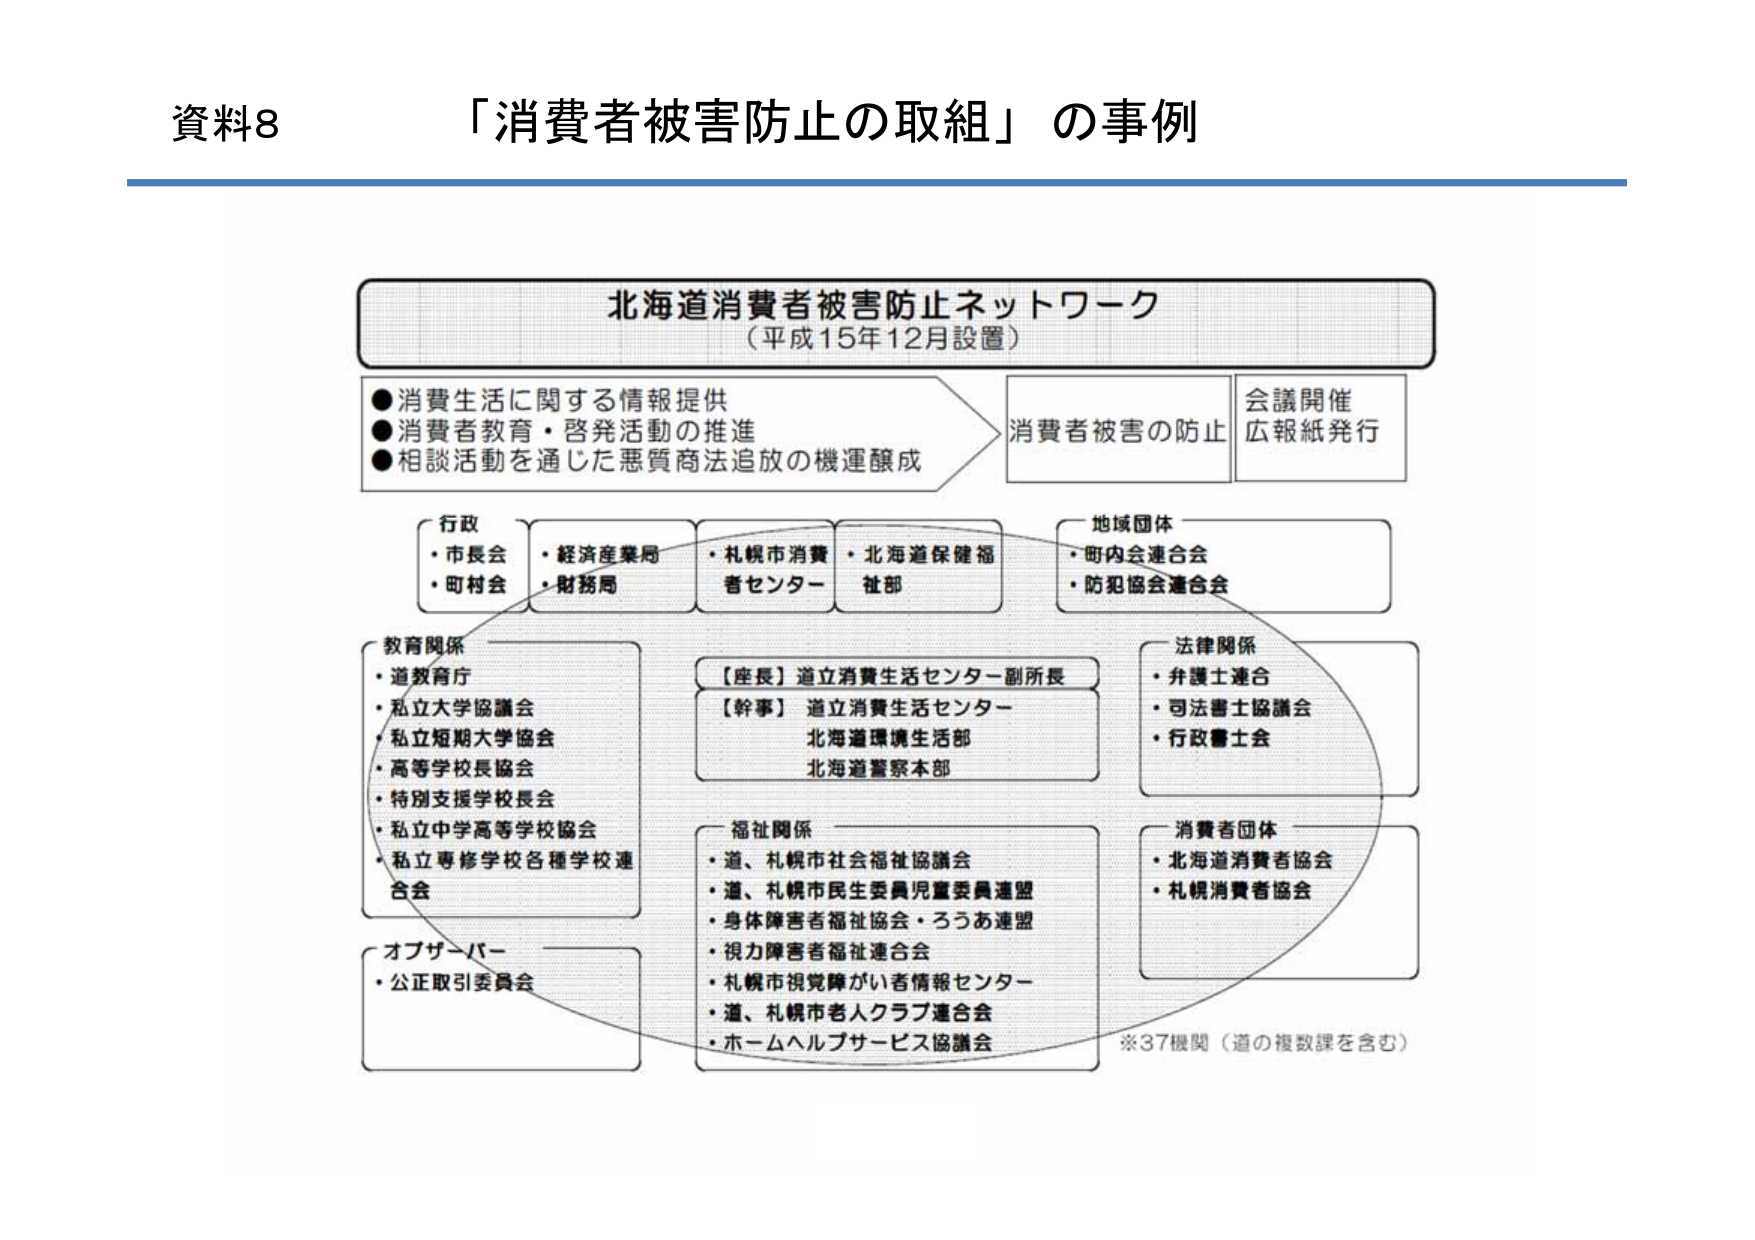
資料8 「消費者被害防止の取組」の事例

北海道消費者被害防止ネットワーク
（平成15年12月設置）

●消費生活に関する情報提供
●消費者教育・啓発活動の推進
●相談活動を通じた悪質商法追放の機運醸成

消費者被害の防止
会議開催
広報紙発行

行政
・市長会
・町村会

・経済産業局
・財務局

・札幌市消費者センター
・北海道保健福祉部

地域団体
・町内会連合会
・防犯協会連合会

教育関係
・道教育庁
・私立大学協議会
・私立短期大学協会
・高等学校長協会
・特別支援学校長会
・私立中学高等学校協会
・私立専修学校各種学校連合会

【座長】道立消費生活センター副所長
【幹事】道立消費生活センター
北海道環境生活部
北海道警察本部

法律関係
・弁護士連合
・司法書士協議会
・行政書士会

福祉関係
・道、札幌市社会福祉協議会
・道、札幌市民生委員児童委員連盟
・身体障害者福祉協会・ろうあ連盟
・視力障害者福祉連合会
・札幌市視覚障がい者情報センター
・道、札幌市老人クラブ連合会
・ホームヘルプサービス協議会

消費者団体
・北海道消費者協会
・札幌消費者協会

オブザーバー
・公正取引委員会

※37機関（道の複数課を含む）